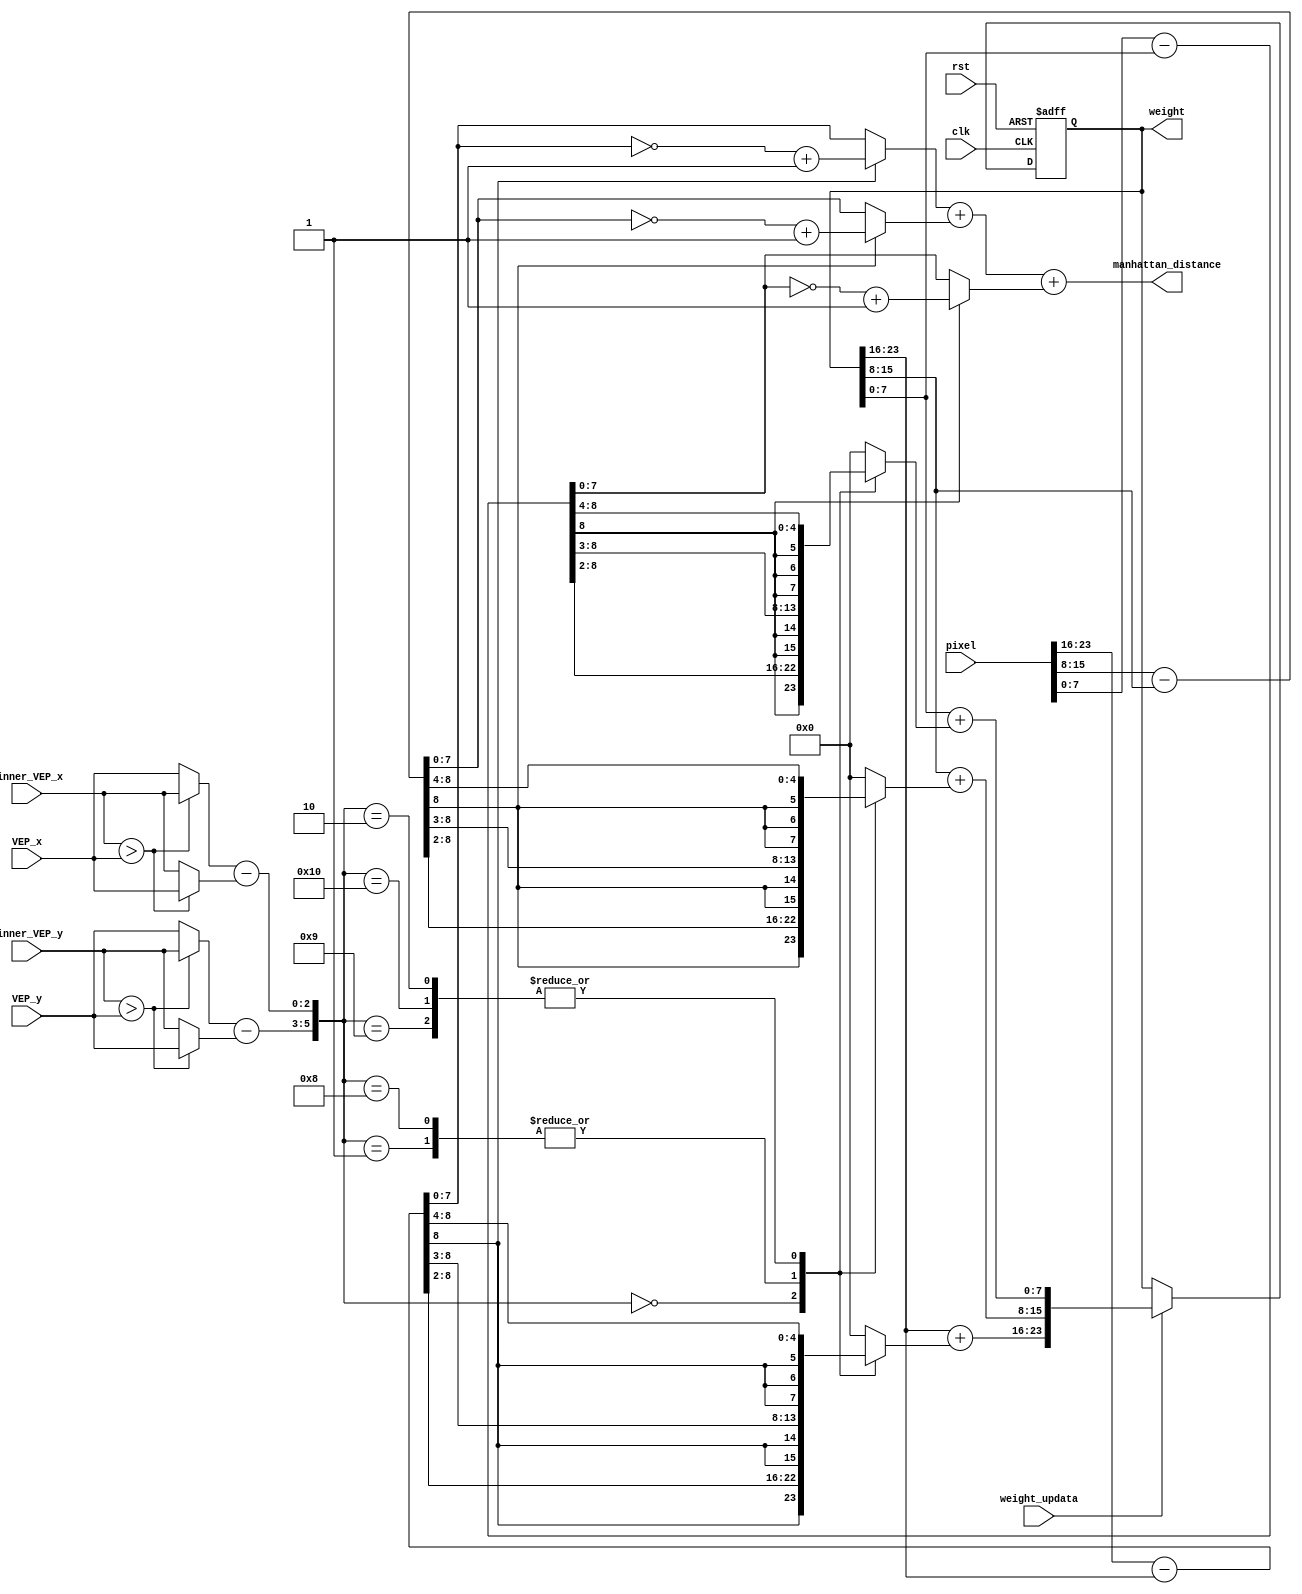
/*
* Hint
sigal explanation:
1.  clk                : This is a positive edge-triggered clock signal.
2.  rst                : This is a reset signal.
3.  VEP_x              : The x-coordinate of this VEP.
4.  VEP_y              : The y-coordinate of this VEP.
5.  winner_VEP_x       : The VEP_x value with the minimum Manhattan distance.
6.  winner_VEP_y       : The VEP_y value with the minimum Manhattan distance.
7.  pixel              : Same as RAM_IF_Q, includes {R, G, B} channels with 8 bits in each channel.
8.  weight_initial    : The initial value given by LFSR, contained {R, G, B} channels.
9.  weight_update     : An enable signal from the controller that tells the weight in each VEP to be updated.
10. weight            : The value of the VEP's weight register.
11. manhattan_distance : For example, the Manhattan distance between (125, 80, 27) and (110, 70, 34) is |125-110|+|80-70|+|27-34|=32.

In short, there are 2 phases in SOM operation, 
the first phase is the training phase, //!which updating the weight through unsupervised training.
Second phase is recall phase, in the phase we need to select the weight closest to input pixel
as the winner weight. Be careful not to update the weights at this phase.

<TRAINING PHASE>
step1 : Split each pixel into 3 channels,so does the weight.
step2 : Calculate manhattan distance of each VEP.
step3 : Use WSC.v to find the x,y-coordinate with minimum manhattan distance,in other words,WSC.v is used to find the winner_VEP_x,y. 
step4 : Use VEP_x, VEP_y, winner_VEP_x and winner_VEP_y to //!select corresponding neighbor function.
step5 : Update the weight by setting weight_update to high.
step6 : repeat step1 to step 5 until all pixels of image are traversed.

<RECALL PHASE>
step1 : Split each pixel into 3 channels, so does the weight.
step2 : Traversed all VEP's and find the VEP closest(manhattan distance) to input pixel.
step3 : Output winner VEP's weight(RAM_W_D) to testbench.
step4 : Repeat step1 to step4 until all pixels of image are traversed.
*/

//VEP is to compare neighbor function value 
module VEP(
  input              clk,
  input              rst,
  input  [      2:0] VEP_x,
  input  [      2:0] VEP_y,
  input  [      2:0] winner_VEP_x,
  input  [      2:0] winner_VEP_y,
  input  [8*3 - 1:0] pixel,

  input              weight_updata,
  output reg [8*3 - 1:0] weight,       //used to return newer weight of VEP 
  output reg [      9:0] manhattan_distance//manhattan distance, add 2 extension bits to prevent overflow
);
wire signed [8:0] pix_blue_s = {1'b0, pixel[23:16]};
wire signed [8:0] pix_green_s = {1'b0, pixel[15:8]};
wire signed [8:0] pix_red_s = {1'b0, pixel[7:0]};

wire signed [8:0] wei_blue_s = {1'b0, weight[23:16]};
wire signed [8:0] wei_green_s = {1'b0, weight[15:8]};
wire signed [8:0] wei_red_s = {1'b0, weight[7:0]};

wire signed [8:0] blue_d_s;
assign blue_d_s = pix_blue_s - wei_blue_s;
wire signed [8:0] green_d_s;
assign green_d_s = pix_green_s - wei_green_s;
wire signed [8:0] red_d_s;
assign red_d_s = pix_red_s - wei_red_s;

wire [7:0] blue_d;
assign blue_d = (blue_d_s[8])? ~blue_d_s[7:0]+8'd1: blue_d_s[7:0];
wire [7:0] green_d;
assign green_d = (green_d_s[8])? ~green_d_s[7:0]+8'd1: green_d_s[7:0];
wire [7:0] red_d;
assign red_d = (red_d_s[8])? ~red_d_s[7:0]+8'd1: red_d_s[7:0];

always@(*) begin
		manhattan_distance = blue_d + green_d + red_d;
end

wire [2:0] xsubed;
assign xsubed = winner_VEP_x > VEP_x? winner_VEP_x: VEP_x;
wire [2:0] xsub;
assign xsub = winner_VEP_x > VEP_x? VEP_x: winner_VEP_x;
wire [2:0] ysubed;
assign ysubed = winner_VEP_y > VEP_y? winner_VEP_y: VEP_y;
wire [2:0] ysub;
assign ysub = winner_VEP_y > VEP_y? VEP_y: winner_VEP_y;

wire [2:0] VEP_x_dis;
wire [2:0] VEP_y_dis;
assign VEP_x_dis = xsubed - xsub;
assign VEP_y_dis = ysubed - ysub;


//neied
reg signed [8:0] nei_b;
reg signed [8:0] nei_g;
reg signed [8:0] nei_r;
always@(*) begin
    case ({VEP_y_dis, VEP_x_dis})
      6'b000_000:begin
        nei_b = blue_d_s >>> 2;//pixel - weight
        nei_g = green_d_s >>> 2;
        nei_r = red_d_s >>> 2;
      end
      6'b000_001:begin
        nei_b = (blue_d_s) >>> 3;
        nei_g = (green_d_s) >>> 3;
        nei_r = (red_d_s) >>> 3;
      end
      6'b001_000: begin
        nei_b = (blue_d_s) >>> 3;
        nei_g = (green_d_s) >>> 3;
        nei_r = (red_d_s) >>> 3;
      end
      6'b001_001:begin
        nei_b = (blue_d_s) >>> 4;
        nei_g = (green_d_s) >>> 4;
        nei_r = (red_d_s) >>> 4;
      end
      6'b010_000:begin
        nei_b = (blue_d_s) >>> 4;
        nei_g = (green_d_s) >>> 4;
        nei_r = (red_d_s) >>> 4;
      end
      6'b000_010:begin
        nei_b = (blue_d_s) >>> 4;
        nei_g = (green_d_s) >>> 4;
        nei_r = (red_d_s) >>> 4;
      end
      default:begin
        nei_b = 9'd0;
        nei_g = 9'd0;
        nei_r = 9'd0;
      end
    endcase
end

wire signed [8:0] nei_b_sub = wei_blue_s + nei_b;
wire signed [8:0] nei_g_sub = wei_green_s + nei_g;
wire signed [8:0] nei_r_sub = wei_red_s + nei_r;
always@(posedge clk or posedge rst) begin
	if(rst)
		weight <= {8'd125,8'd125,8'd125};
	else if(weight_updata==1'd1)begin
    weight <= {nei_b_sub[7:0],nei_g_sub[7:0],nei_r_sub[7:0]};
  end
  else
    weight <= weight;
end
//10000100 01011011 01001011
//10000100 01011010 01001011


endmodule